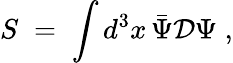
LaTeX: S\; =\; \int d^{3}x\, \bar{\Psi}{\mathcal D}\Psi\; ,